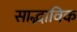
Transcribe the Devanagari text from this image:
साद्भाविक